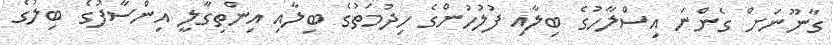
ގާނޫނަށް ގެންނަ އިސްލާހުގެ ބިލާއި ފުލުހުންގެ ހިދުމަތުގެ ބިލާއި އިންތިގާލީ އިންސާފުގެ ބިލުގެ